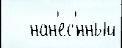
   нан'ес'́нный